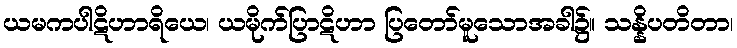
ယမကပါဋိဟာရိယေ၊ ယမိုက်ပြာဋိဟာ ပြတော်မူသောအခါ၌။ သန္နိပတိတာ၊